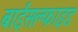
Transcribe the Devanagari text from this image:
बाईसल्फाइड